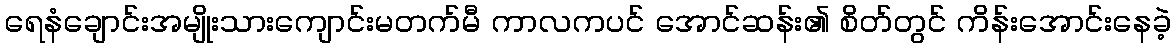
ရေနံချောင်းအမျိုးသားကျောင်းမတက်မီ ကာလကပင် အောင်ဆန်း၏ စိတ်တွင် ကိန်းအောင်းနေခဲ့